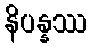
နိပန္နဿ